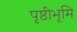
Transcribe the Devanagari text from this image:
पृष्ठीभूमि